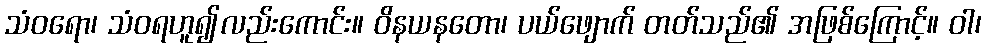
သံဝရော၊ သံဝရဟူ၍လည်းကောင်း။ ဝိနယနတော၊ ပယ်ဖျောက် တတ်သည်၏ အဖြစ်ကြောင့်။ ဝါ၊